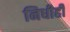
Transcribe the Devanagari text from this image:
निधीही